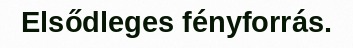
Elsődleges fényforrás.